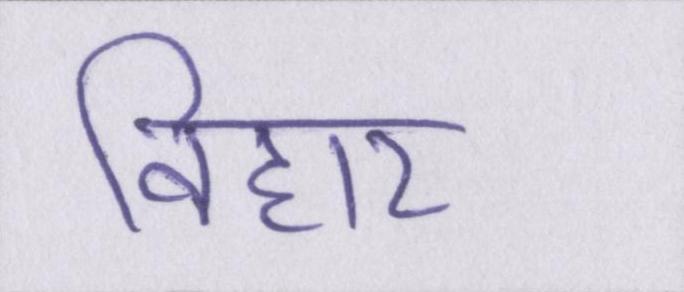
विहार